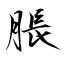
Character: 脹